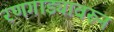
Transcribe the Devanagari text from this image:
रणगाड्यावरून